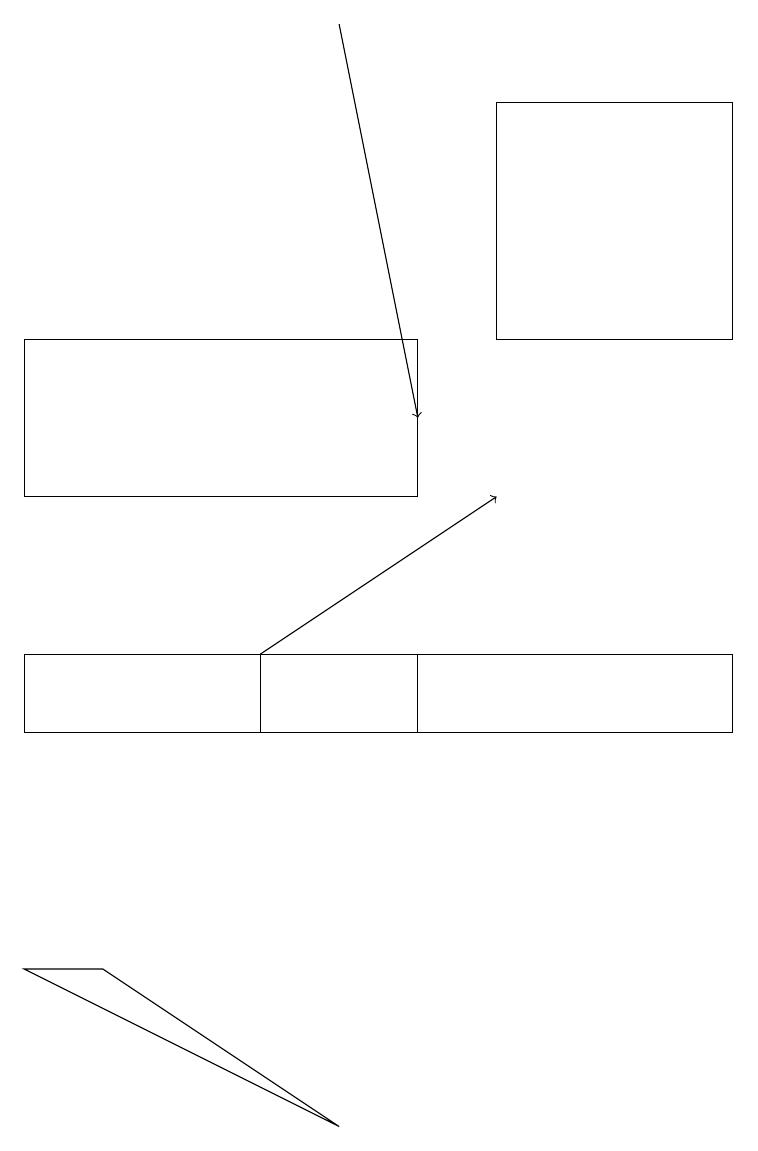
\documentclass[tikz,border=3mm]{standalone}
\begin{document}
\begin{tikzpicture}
\draw[->] (3,11) -- (6,13);
\draw[->] (4,19) -- (5,14);
\draw (9,11) rectangle (0,10);
\draw (5,15) rectangle (0,13);
\draw (5,10) rectangle (3,11);
\draw (4,5) -- (0,7) -- (1,7) -- cycle;
\draw (6,15) rectangle (9,18);
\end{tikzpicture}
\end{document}